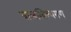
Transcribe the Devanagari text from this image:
बालखिल्यगण